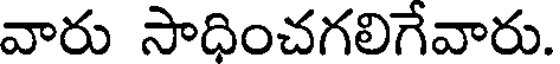
వారు సాధించగలిగేవారు.